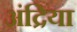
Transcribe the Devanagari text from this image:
अंद्रिया